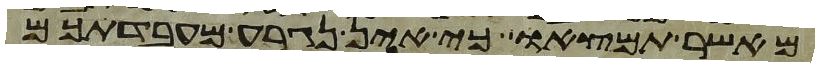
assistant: מאשר תמצאו כי אין נגרע מעבדתכם